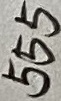
Text: 555